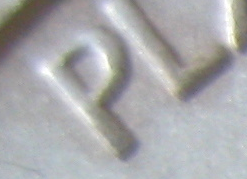
PL